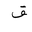
Letter: _fa